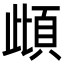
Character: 𩑽